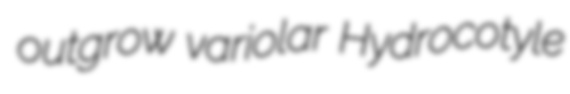
outgrow variolar Hydrocotyle